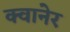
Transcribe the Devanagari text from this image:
क्वानेर